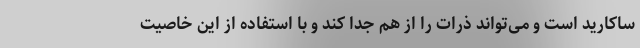
ساکارید است و می‌تواند ذرات را از هم جدا کند و با استفاده از این خاصیت